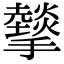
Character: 𢸧